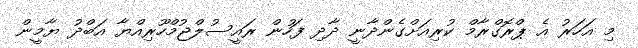
މި އަހަރު އެ ޕްރޮގްރާމް ކުރިއަށްގެންދާނީ ދާދި ފަހުން ރައީސުލްޖުމްހޫރިއްޔާ އަބްދު ޔާމީން